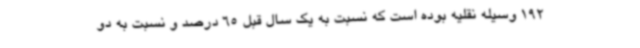
192 وسیله نقلیه بوده است که نسبت به یک سال قبل 65 درصد و نسبت به دو